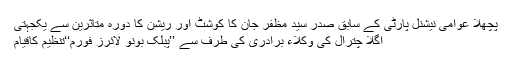
پچھلا عوامی نیشنل پارٹی کے سابق صدر سید مظفر جان کا کوشٹ اور ریشن کا دورہ متاثرین سے یکجہتی
اگلا چترال کی وکلاء برادری کی طرف سے ’’پبلک بونو لائرز فورم‘‘تنظیم کاقیام